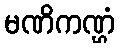
မဏိကဏ္ဌံ